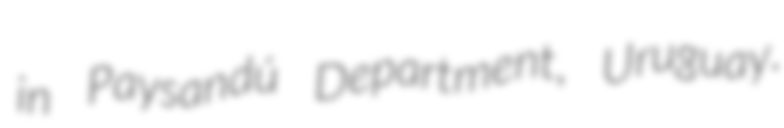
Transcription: in Paysandú Department, Uruguay.